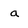
Character: a